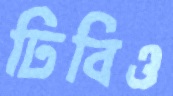
ঢিবিও